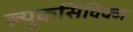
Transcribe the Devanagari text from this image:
ल्युकसिविक्ज